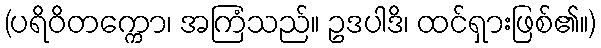
(ပရိဝိတက္ကော၊ အကြံသည်။ ဥဒပါဒိ၊ ထင်ရှားဖြစ်၏။)